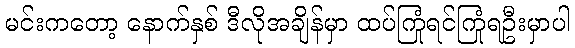
မင်းကတော့ နောက်နှစ် ဒီလိုအချိန်မှာ ထပ်ကြုံရင်ကြုံရဦးမှာပါ